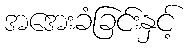
အအေးခံခြင်းနှင့်